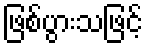
ဖြစ်ပွားသဖြင့်